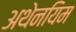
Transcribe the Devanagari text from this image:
अथेनयिम